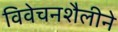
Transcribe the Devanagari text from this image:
विवेचनशैलीने